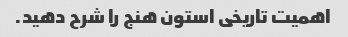
اهمیت تاریخی استون هنج را شرح دهید.